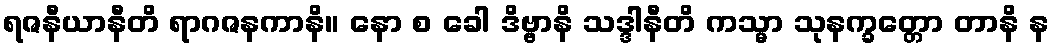
ရဇနီယာနီတိ ရာဂဇနကာနိ။ နော စ ခေါ ဒိဗ္ဗာနိ သဒ္ဒါနီတိ ကသ္မာ သုနက္ခတ္တော တာနိ န